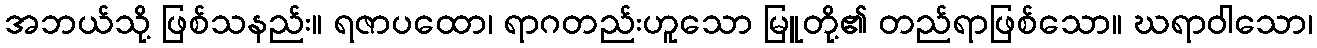
အဘယ်သို့ ဖြစ်သနည်း။ ရဇာပထော၊ ရာဂတည်းဟူသော မြူတို့၏ တည်ရာဖြစ်သော။ ဃရာဝါသော၊